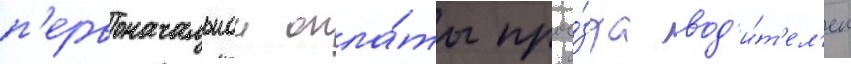
п'ервоначальнои опла́ты прое́зда вод'и́т'ел'ем